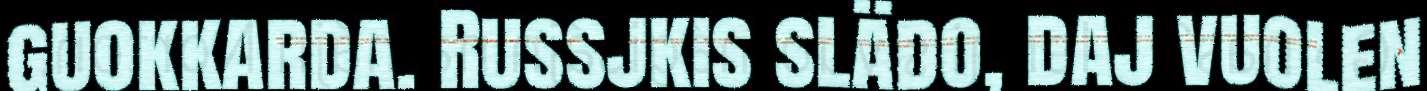
guokkarda. Russjkis slädo, daj vuolen